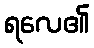
ရလေ၏